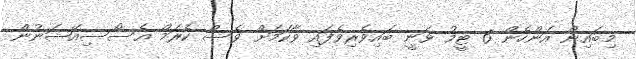
މިބައިން އަންހެން 6 ޓީމު ވަނީ ބައިވެރިވެފައި ވާކަމަށް ވެސް ކެރަމް އެސޯސިއޭޝަނުން